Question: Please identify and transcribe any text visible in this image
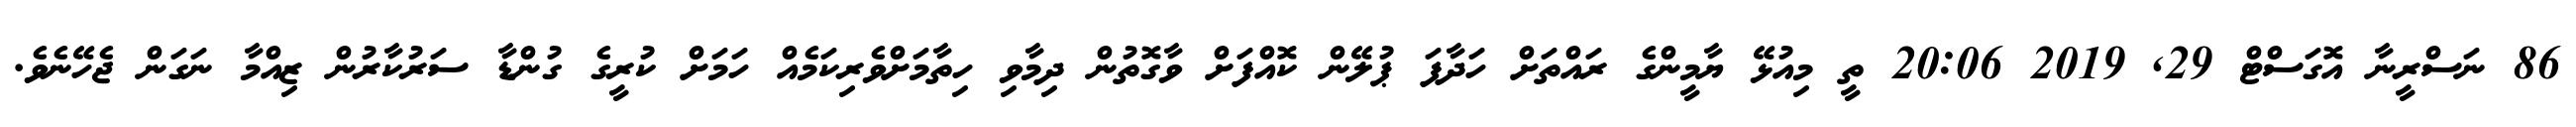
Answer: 86 ނަސްރީނާ އޮގަސްޓް 29, 2019 20:06 ތީ މިއުޅޭ ޔާމީންގެ ރައްތަށް ހަދާފަ ޕުލޭން ކޮއްފަށް ވާގޮތުން ދިމާވި ހިތާމަށްވެރިކަމެއް ހަމަށް ކުރީގެ ގުންޑާ ސަރުކާރުން ޒިއްމާ ނަގަން ޖެހޭނެވެ.